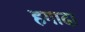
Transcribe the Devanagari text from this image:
हगादा